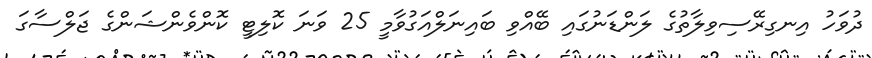
ދުވަހު އިނގިރޭސިވިލާތުގެ ލަންޑަނުގައި ބޭއްވި ބައިނަލްއަގުވާމީ 25 ވަނަ ކޮލިޓީ ކޮންވެންޝަންގެ ޖަލްސާގަ